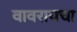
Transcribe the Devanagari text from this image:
वावरायचा